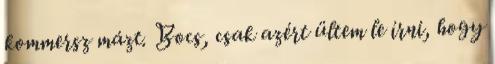
kommersz mázt. Bocs, csak azért ültem le írni, hogy